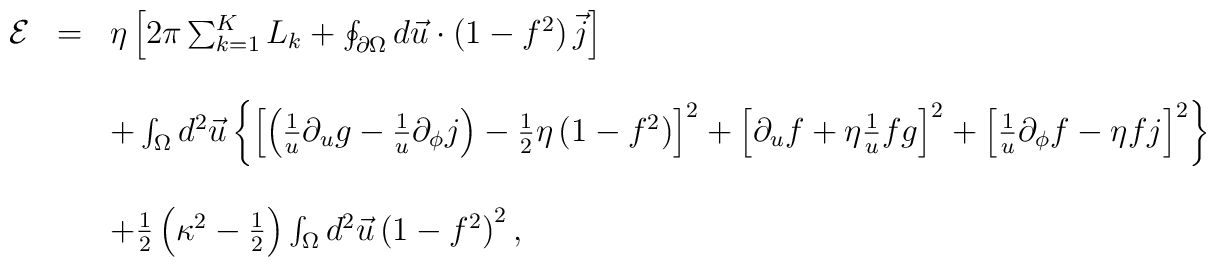
\begin{array}{r c l}{\cal E}&=&\eta\left[2\pi\sum_{k=1}^KL_k+\oint_{\partial\Omega}d\vec{u}\cdot\left(1-f^2\right)\vec{j}\right]\\ & & \\& &+\int_\Omega d^2\vec{u}\left\{\left[\left(\frac{1}{u}\partial_ug-\frac{1}{u}\partial_\phi j\right)-\frac{1}{2}\eta\left(1-f^2\right)\right]^2+\left[\partial_uf+\eta\frac{1}{u}fg\right]^2+\left[\frac{1}{u}\partial_\phi f-\eta fj\right]^2\right\}\\ & & \\ & & +\frac{1}{2}\left(\kappa^2-\frac{1}{2}\right)\int_{\Omega}d^2\vec{u}\left(1-f^2\right)^2,\end{array}